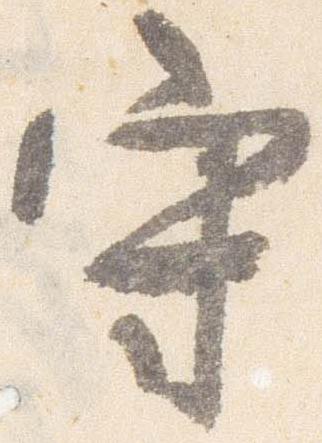
守